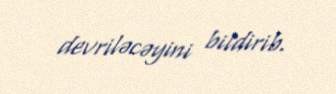
devriləcəyini bildirib.